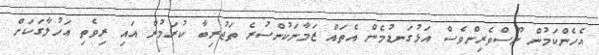
އެހެންކަމުން ނޫސްވެރިންވެސް އަޅުގަނޑުމެން އެތައް ޒަމާނަކުންސުރެ ތަޖުރިބާ ކުރަމުން އައި ރިވެތި އަހުލާގަކަށް